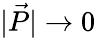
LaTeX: |\vec{P}|\to 0